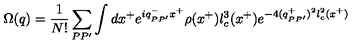
\Omega ( q ) = \frac 1 { N ! } \sum _ { P P ^ { \prime } } \int d x ^ { + } e ^ { i q _ { P P ^ { \prime } } ^ { - } x ^ { + } } \rho ( x ^ { + } ) l _ { c } ^ { 3 } ( x ^ { + } ) e ^ { - 4 ( q _ { P P ^ { \prime } } ^ { + } ) ^ { 2 } l _ { c } ^ { 2 } ( x ^ { + } ) }